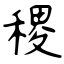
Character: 稷